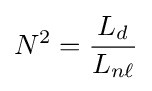
N^{2}={\frac {L_{d}}{L_{n\ell }}}